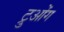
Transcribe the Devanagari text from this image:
ट्रुओंग